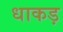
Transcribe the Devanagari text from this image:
धाकड़